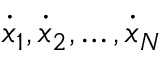
{ \dot { x } } _ { 1 } , { \dot { x } } _ { 2 } , \dots , { \dot { x } } _ { N }